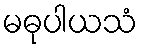
မဓုပါယသံ